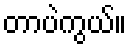
တာပဲကွယ်။